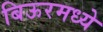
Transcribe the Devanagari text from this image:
बिऊरमध्ये